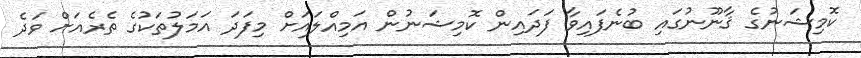
ކޮމިޝަނުގެ ޤާނޫނުގައި ބުނެފައިވާ ފަދައިން ކޮމިޝަނުން އަމިއްލައަށް މިފަދަ އަމަލުތަކުގެ ތެރެއަށް ވަދެ